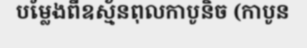
បម្លែងពីឧស្ម័នពុលកាបូនិច (កាបូន